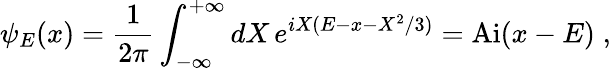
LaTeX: \psi_{E}(x)=\frac{1}{2\pi}\int_{-\infty}^{+\infty}dX\, e^{iX(E-x-X^{2}/3)}=\mathrm{Ai}(x-E)\; ,